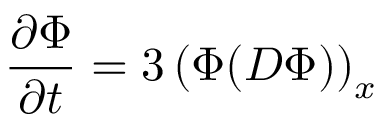
{ \frac { \partial \Phi } { \partial t } } = 3 \left( \Phi ( D \Phi ) \right) _ { x }